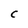
Character: C